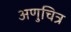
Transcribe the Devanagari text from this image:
अणुचित्र